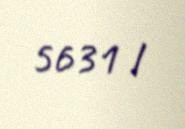
5631 l